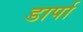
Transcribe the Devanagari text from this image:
डार्पा